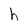
Character: h